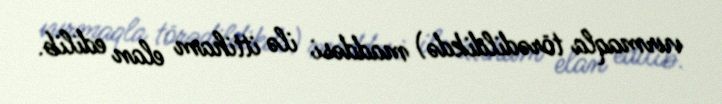
vurmaqla törədildikdə) maddəsi ilə ittiham elan edilib.